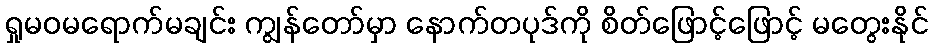
ရှုမဝမရောက်မချင်း ကျွန်တော်မှာ နောက်တပုဒ်ကို စိတ်ဖြောင့်ဖြောင့် မတွေးနိုင်